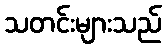
သတင်းများသည်